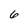
Character: 6